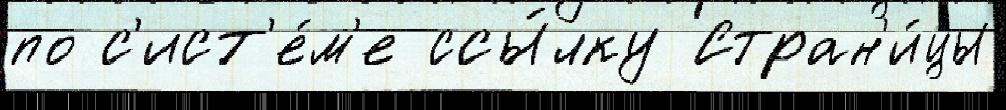
по с'ист'е́м'е ссы́лку Стран'и́цы